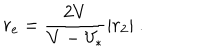
LaTeX: r _ { \mathrm { e } } = { \frac { 2 V } { { V } - V _ { * } } } | r _ { 2 } | \ .